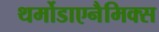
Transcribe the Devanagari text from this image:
थर्मोडाएनैमिक्स